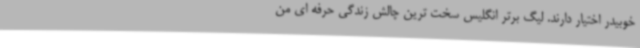
خوبیدر اختیار دارند. لیگ برتر انگلیس سخت ترین چالش زندگی حرفه ای من